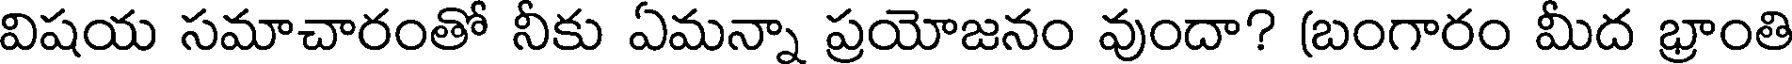
విషయ సమాచారంతో నీకు ఏమన్నా ప్రయోజనం వుందా? (బంగారం మీద భ్రాంతి